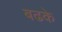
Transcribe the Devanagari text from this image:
बढके